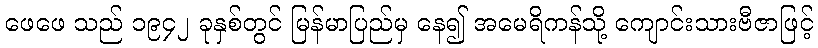
ဖေဖေ သည် ၁၉၄၂ ခုနှစ်တွင် မြန်မာပြည်မှ နေ၍ အမေရိကန်သို့ ကျောင်းသားဗီဇာဖြင့်